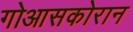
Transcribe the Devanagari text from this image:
गोआसकोरान